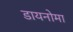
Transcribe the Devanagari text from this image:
डायनोमा